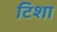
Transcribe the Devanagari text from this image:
टिशा